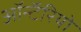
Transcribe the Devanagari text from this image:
ऑन्टॅरियो